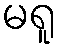
မရူ